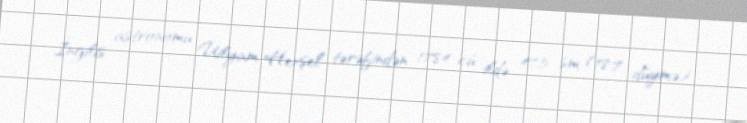
İngilis astronomu Uilyam Herşel tərəfindən 1784-cü ildə 47.5 sm (18.7 düymə)